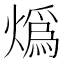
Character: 𤎶